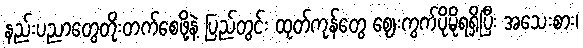
နည်းပညာတွေတိုးတက်စေဖို့နဲ့ ပြည်တွင်း ထုတ်ကုန်တွေ ဈေးကွက်ပိုမိုရရှိပြီး အသေးစား၊